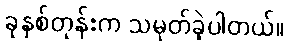
ခုနှစ်တုန်းက သမုတ်ခဲ့ပါတယ်။